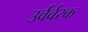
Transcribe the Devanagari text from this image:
उर्वर्वरक